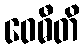
ဝေဓီတိ